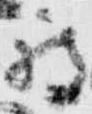
被